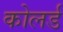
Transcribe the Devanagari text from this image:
कोलर्ड